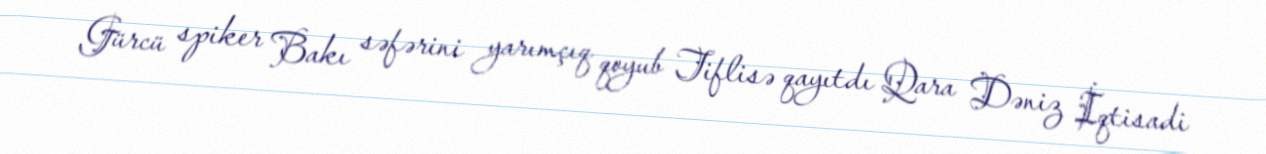
Gürcü spiker Bakı səfərini yarımçıq qoyub Tiflisə qayıtdı Qara Dəniz İqtisadi